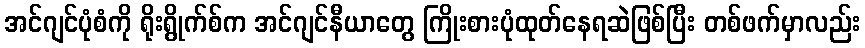
အင်ဂျင်ပုံစံကို ရိုးရွိုက်စ်က အင်ဂျင်နီယာတွေ ကြိုးစားပုံထုတ်နေရဆဲဖြစ်ပြီး တစ်ဖက်မှာလည်း